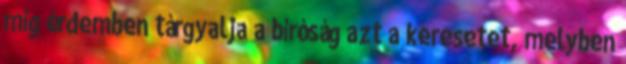
míg érdemben tárgyalja a bíróság azt a keresetet, melyben